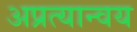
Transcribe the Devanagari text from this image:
अप्रत्यान्वय